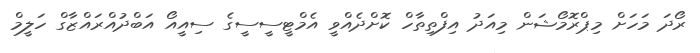
ރޯދަ މަހަށް މިޕްރޮމޯޝަން މިއަދު އިފްތިތާހް ކޮށްދެއްވީ އެމްޓީސީސީގެ ސިއީއޯ އަބްދުއްރައްޒާގް ހަލީމް